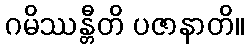
ဂမိဿန္တီတိ ပဇာနာတိ။